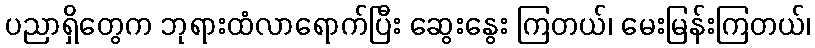
ပညာရှိတွေက ဘုရားထံလာရောက်ပြီး ဆွေးနွေး ကြတယ်၊ မေးမြန်းကြတယ်၊